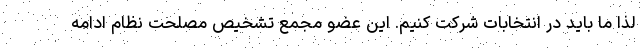
لذا ما باید در انتخابات شرکت کنیم. این عضو مجمع تشخیص مصلحت نظام ادامه